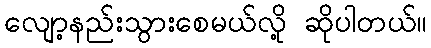
လျော့နည်းသွားစေမယ်လို့ ဆိုပါတယ်။